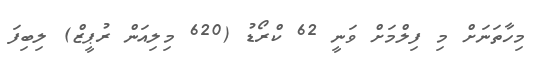
މިހާތަނަށް މި ފިލްމަށް ވަނީ 62 ކްރޯޑު (620 މިލިއަން ރުޕީޒް) ލިބިފަ